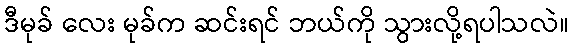
ဒီမုခ် လေး မုခ်က ဆင်းရင် ဘယ်ကို သွားလို့ရပါသလဲ။